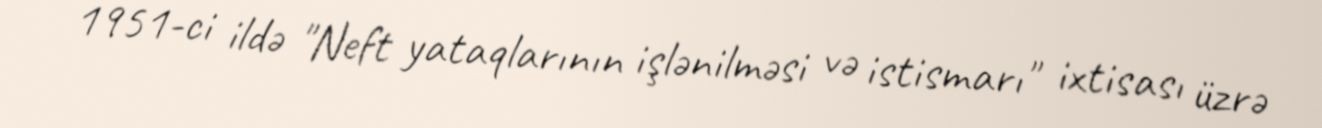
1951-ci ildə "Neft yataqlarının işlənilməsi və istismarı" ixtisası üzrə